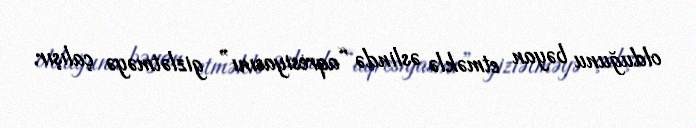
olduğunu bəyan etməklə əslində “aqresiyasını” gizlətməyə çalışır.